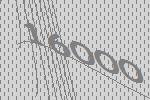
16000